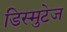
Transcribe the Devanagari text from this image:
डिस्मुटेज